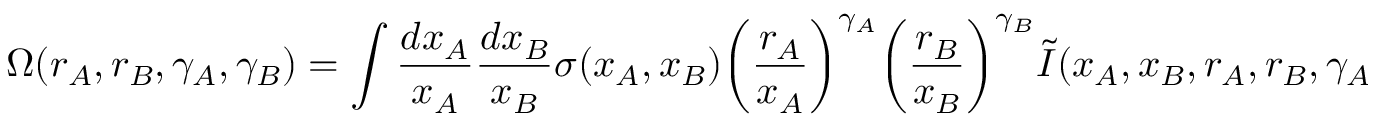
\Omega ( r _ { A } , r _ { B } , \gamma _ { A } , \gamma _ { B } ) = \int { \frac { d x _ { A } } { x _ { A } } } { \frac { d x _ { B } } { x _ { B } } } \sigma ( x _ { A } , x _ { B } ) \biggl ( { \frac { r _ { A } } { x _ { A } } } \biggr ) ^ { \gamma _ { A } } \biggl ( { \frac { r _ { B } } { x _ { B } } } \biggr ) ^ { \gamma _ { B } } \tilde { I } ( x _ { A } , x _ { B } , r _ { A } , r _ { B } , \gamma _ { A } , \gamma _ { B } ) \, \, ,